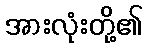
အားလုံးတို့၏